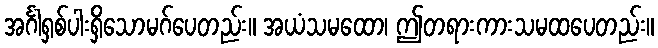
အင်္ဂါရှစ်ပါးရှိသောမဂ်ပေတည်း။ အယံသမထော၊ ဤတရားကားသမထပေတည်း။